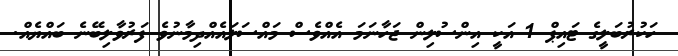
ހަކުރުބަލީގެ ޓައިޕް 1 އަކީ އިންސުލިން ޖަހާނަމަ އެއްވެސް މައްސަލައެއްދިމާނުވެ ފަރުވާލިބޭނެ ބައްޔެއް.